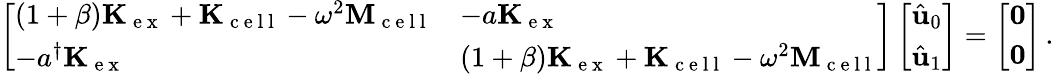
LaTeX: \left[\begin{array}{ll}{(1+\beta)\mathbf{K}_{\mathrm{~e~x~}}+\mathbf{K}_{\mathrm{~c~e~l~l~}}-\omega^{2}\mathbf{M}_{\mathrm{~c~e~l~l~}}}&{-a\mathbf{K}_{\mathrm{~e~x~}}}\\ {-a^{\dagger}\mathbf{K}_{\mathrm{~e~x~}}}&{(1+\beta)\mathbf{K}_{\mathrm{~e~x~}}+\mathbf{K}_{\mathrm{~c~e~l~l~}}-\omega^{2}\mathbf{M}_{\mathrm{~c~e~l~l~}}}\end{array}\right]\left[\begin{array}{l}{\hat{\mathbf{u}}_{0}}\\ {\hat{\mathbf{u}}_{1}}\end{array}\right]=\left[\begin{array}{l}{\mathbf{0}}\\ {\mathbf{0}}\end{array}\right]\, .